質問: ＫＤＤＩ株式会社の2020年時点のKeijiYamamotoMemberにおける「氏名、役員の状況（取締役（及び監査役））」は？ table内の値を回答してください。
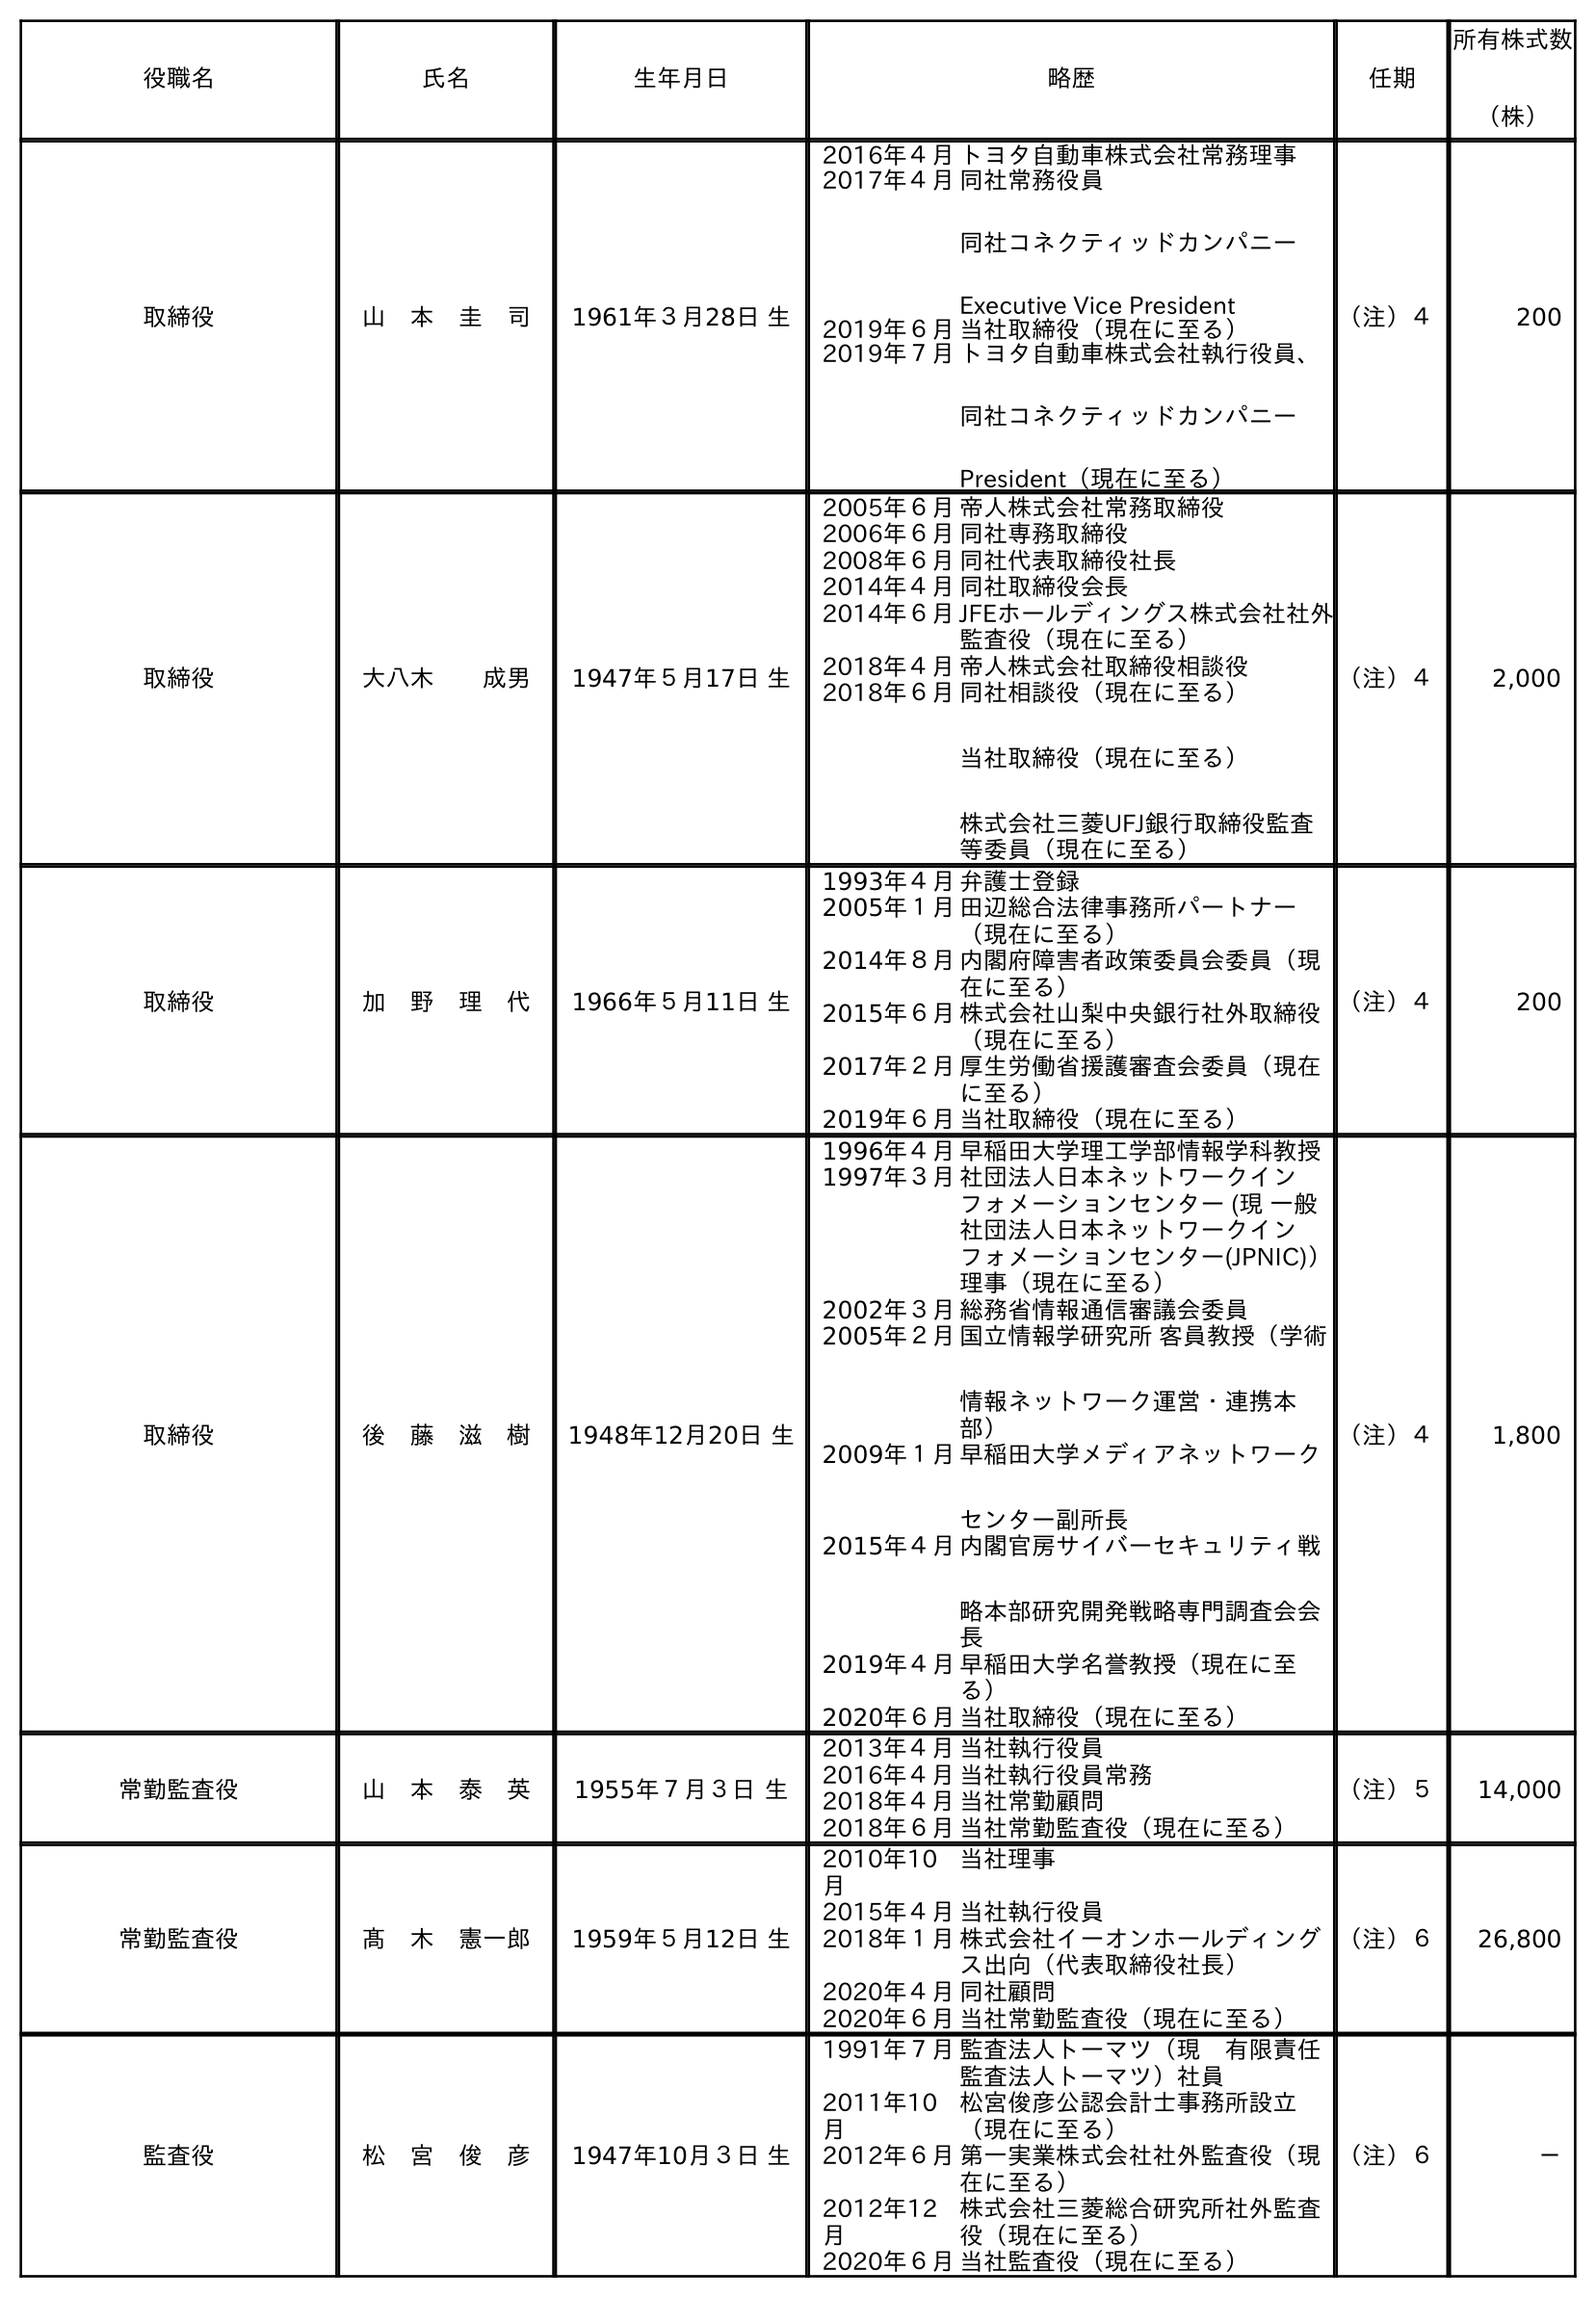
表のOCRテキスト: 役職名 氏名 生年月日 略歴 任期 所有株式数 （株） 取締役 山 本 圭 司 1961年３月28日 生 2016年４月トヨタ自動車株式会社常務理事 2017年４月同社常務役員 同社コネクティッドカンパニー Executive Vice President 2019年６月当社取締役（現在に至る） 2019年７月トヨタ自動車株式会社執行役員、 同社コネクティッドカンパニー President（現在に至る） （注）４ 200 取締役 大八木  成男 1947年５月17日 生 2005年６月帝人株式会社常務取締役 2006年６月同社専務取締役 2008年６月同社代表取締役社長 2014年４月同社取締役会長 2014年６月JFEホールディングス株式会社社外 監査役（現在に至る） 2018年４月帝人株式会社取締役相談役 2018年６月同社相談役（現在に至る） 当社取締役（現在に至る） 株式会社三菱UFJ銀行取締役監査 等委員（現在に至る） （注）４ 2,000 取締役 加 野 理 代 1966年５月11日 生 1993年４月弁護士登録 2005年１月田辺総合法律事務所パートナー （現在に至る） 2014年８月内閣府障害者政策委員会委員（現 在に至る） 2015年６月株式会社山梨中央銀行社外取締役 （現在に至る） 2017年２月厚生労働省援護審査会委員（現在 に至る） 2019年６月当社取締役（現在に至る） （注）４ 200 取締役 後 藤 滋 樹 1948年12月20日 生 1996年４月早稲田大学理工学部情報学科教授 1997年３月社団法人日本ネットワークイン フォメーションセンター (現 一般 社団法人日本ネットワークイン フォメーションセンター(JPNIC)） 理事（現在に至る） 2002年３月総務省情報通信審議会委員 2005年２月国立情報学研究所 客員教授（学術 情報ネットワーク運営・連携本 部） 2009年１月早稲田大学メディアネットワーク センター副所長 2015年４月内閣官房サイバーセキュリティ戦 略本部研究開発戦略専門調査会会 長 2019年４月早稲田大学名誉教授（現在に至 る） 2020年６月当社取締役（現在に至る） （注）４ 1,800 常勤監査役 山 本 泰 英 1955年７月３日 生 2013年４月当社執行役員 2016年４月当社執行役員常務 2018年４月当社常勤顧問 2018年６月当社常勤監査役（現在に至る） （注）５ 14,000 常勤監査役 髙 木 憲一郎 1959年５月12日 生 2010年10 月 当社理事 2015年４月当社執行役員 2018年１月株式会社イーオンホールディング ス出向（代表取締役社長） 2020年４月同社顧問 2020年６月当社常勤監査役（現在に至る） （注）６ 26,800 監査役 松 宮 俊 彦 1947年10月３日 生 1991年７月監査法人トーマツ（現 有限責任 監査法人トーマツ）社員 2011年10 月 松宮俊彦公認会計士事務所設立 （現在に至る） 2012年６月第一実業株式会社社外監査役（現 在に至る） 2012年12 月 株式会社三菱総合研究所社外監査 役（現在に至る） 2020年６月当社監査役（現在に至る） （注）６ －
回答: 山　本　圭　司